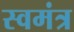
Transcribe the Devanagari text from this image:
स्वमंत्र